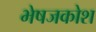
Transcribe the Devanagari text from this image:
भेषजकोश